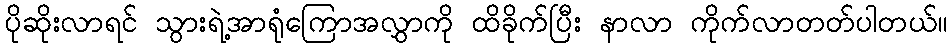
ပိုဆိုးလာရင် သွားရဲ့အာရုံကြောအလွှာကို ထိခိုက်ပြီး နာလာ ကိုက်လာတတ်ပါတယ်။